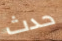
حدث